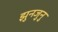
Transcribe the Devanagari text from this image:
झुनजुनु